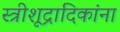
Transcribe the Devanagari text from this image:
स्त्रीशूद्रादिकांना